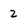
Character: 2